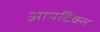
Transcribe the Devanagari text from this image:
आपटिक्स